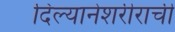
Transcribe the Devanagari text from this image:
दिल्यानेशरीराची